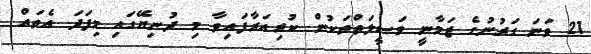
21 ވަނަ ގަރުނުގެ ޒަމާނީ ވަޞީލަތްތަކުން ކުރިއަރާފައިވާ މި ދުނިޔޭގައި މިފަދަ އެތައް